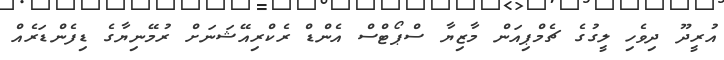
އުރީދޫ ދިވެހި ލީގުގެ ޗެމްޕިއަން މާޒިޔާ ސްޕޯޓްސް އެންޑް ރެކްރިއޭޝަނަށް ރުމޭނިޔާގެ ޑިފެންޑަރެއް